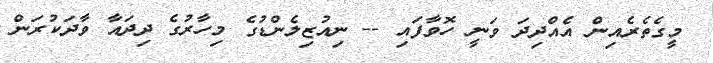
މީގެތެރެއިން އެއްދިދަ ވަނީ ހޮވާފައި -- ނިއުޒިލެންޑުގެ މިހާރުގެ ދިދައާ ވާދަކުރަން